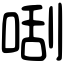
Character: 𠵯